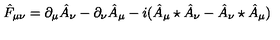
\hat { F } _ { \mu \nu } = \partial _ { \mu } \hat { A } _ { \nu } - \partial _ { \nu } \hat { A } _ { \mu } - i ( \hat { A } _ { \mu } \star \hat { A } _ { \nu } - \hat { A } _ { \nu } \star \hat { A } _ { \mu } )